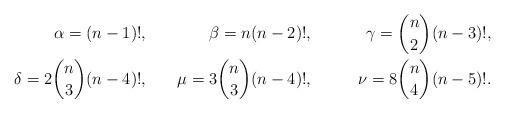
LaTeX: \begin{align*}\alpha = (n-1)!, &&\beta = n(n-2)!, &\quad& \gamma = \binom{n}{2}(n-3)!, \\\delta = 2\binom{n}{3}(n-4)!, &&\mu = 3\binom{n}{3}(n-4)!, && \nu = 8 \binom{n}{4}(n-5)!. \end{align*}